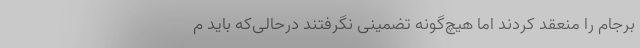
برجام را منعقد کردند اما هیچ‌گونه تضمینی نگرفتند درحالی‌که باید م